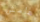
هامش